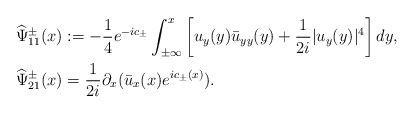
\begin{align*}&\widehat{\Psi}^\pm_{11}(x):=-\frac{1}{4}e^{-ic_\pm} \int_{\pm \infty}^{x}\left[u_y(y) \bar{u}_{yy}(y)+\frac{1}{2i}|u_y(y)|^4\right] dy,\\&\widehat{\Psi}^\pm_{21}(x)=\frac{1}{2i} \partial_{x}(\bar{u}_{x}(x)e^{ic_\pm(x)}).\end{align*}